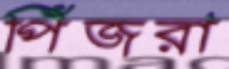
পিঁজরা